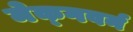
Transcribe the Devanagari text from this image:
मेक्गवर्न